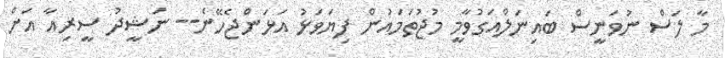
މާ ލަސް ނުވަނީސް ބައިނަލްއަގުވާމީ މުޖުތަމައުން ފިޔަވަޅު އަޅަންޖެހޭނެ-- ނަޝީދު ސީރިއާ އަށް